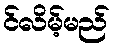
င်လိမ့်မည်